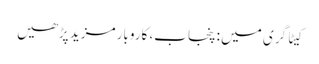
کیٹاگری میں : پنجاب، کاروبار مزید پڑھیں